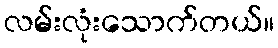
လမ်းလုံးသောက်တယ်။